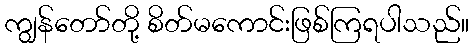
ကျွန်တော်တို့ စိတ်မကောင်းဖြစ်ကြရပါသည်။